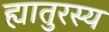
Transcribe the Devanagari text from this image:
ह्यातुरस्य